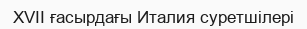
XVII ғасырдағы Италия суретшілері